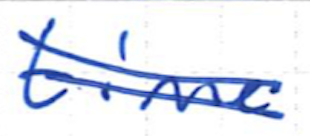
Text: time
Cross-out: mix
Writing tool: ballpoint